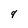
Character: 4